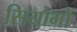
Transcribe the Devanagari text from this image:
सियोगो